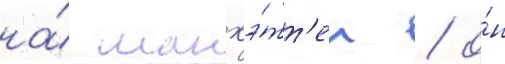
на́ манхэ́тт'ен / о́н